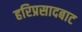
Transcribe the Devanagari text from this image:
हरिप्रसादबाट